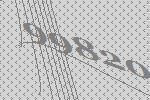
99820